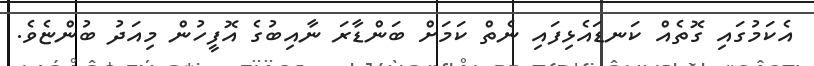
އެކަމުގައި ގޮތެއް ކަނޑައެޅިފައި ނެތް ކަމަށް ބަންޑާރަ ނާއިބުގެ އޮފީހުން މިއަދު ބުންޏެވެ.